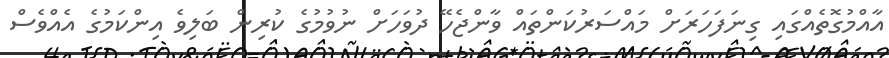
އާއްމުގޮތެއްގައި ގިނަފަހަރަށް މައްސަރުކަންތައް ވާންޖެހޭ ދުވަހަށް ނުވުމުގެ ކުރިން ބަލިވެ އިންކަމުގެ އެއްވެސް